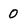
Character: 0